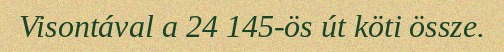
Visontával a 24 145-ös út köti össze.